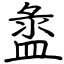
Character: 盝